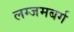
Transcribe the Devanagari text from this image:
लग्जमबर्ग